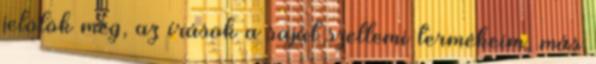
jelölök meg, az írások a saját szellemi termékeim, más